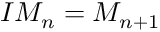
I M _ { n } = M _ { n + 1 }